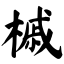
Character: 槭